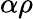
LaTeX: \alpha\rho